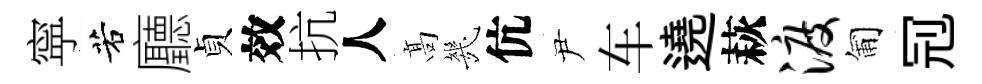
寜若廳貞效抗人髙㡬伉尹车遶萩渡匍𠜍